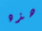
هذه